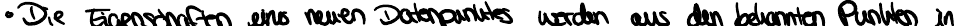
Die Eigenschaften eines neuen Datenpunktes werden aus den bekannten Punkten in